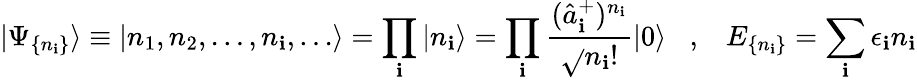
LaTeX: |\Psi_{\{ n_{\mathbf{i}}\} }\rangle\equiv|n_{1},n_{2},\dots,n_{\mathbf{i}},\dots\rangle=\prod_{\mathbf{i}}|n_{\mathbf{i}}\rangle=\prod_{\mathbf{i}}\frac{{(\hat{{a}}_{\mathbf{i}}^{+})^{n_{\mathbf{i}}}}}{{\sqrt{}{{n_{\mathbf{i}}!}}}}|0\rangle\; \; \; ,\; \; \; E_{\{ n_{\mathbf{i}}\} }=\sum_{\mathbf{i}}\epsilon_{\mathbf{i}}n_{\mathbf{i}}